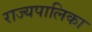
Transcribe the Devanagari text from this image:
राज्यपालिका